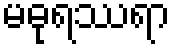
မဓုရဿရာ